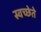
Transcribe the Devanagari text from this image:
स्वच्छेते